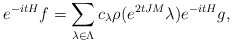
\begin{align*} e^{-i t H} f = \sum_{\lambda \in \Lambda} c_\lambda \rho(e^{2tJM} \lambda)e^{-i t H} g,\end{align*}